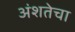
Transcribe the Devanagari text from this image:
अंशतेचा